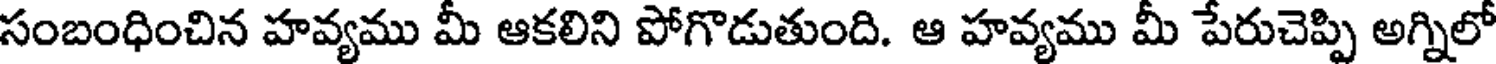
సంబంధించిన హవ్యము మీ ఆకలిని పోగొడుతుంది. ఆ హవ్యము మీ పేరుచెప్పి అగ్నిలో